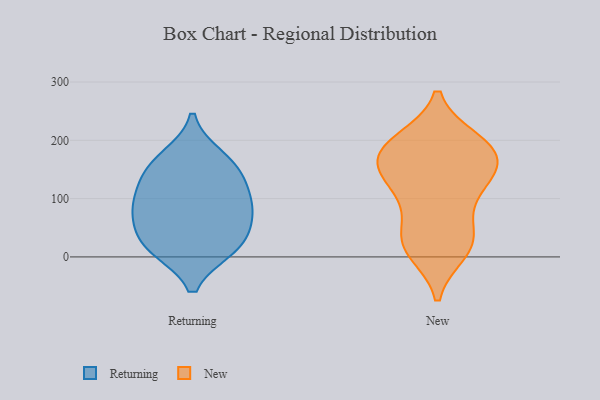
{"axis": {"x": "Revenue (USD Million)", "y": "Value"}, "legend": ["New", "Returning"], "data": [{"x": "", "y": 149, "type": "Returning"}, {"x": "", "y": 65, "type": "Returning"}, {"x": "", "y": 89, "type": "Returning"}, {"x": "", "y": 104, "type": "Returning"}, {"x": "", "y": 20, "type": "Returning"}, {"x": "", "y": 16, "type": "Returning"}, {"x": "", "y": 170, "type": "Returning"}, {"x": "", "y": 80, "type": "Returning"}, {"x": "", "y": 145, "type": "Returning"}, {"x": "", "y": 21, "type": "Returning"}, {"x": "", "y": 190, "type": "New"}, {"x": "", "y": 107, "type": "New"}, {"x": "", "y": 198, "type": "New"}, {"x": "", "y": 165, "type": "New"}, {"x": "", "y": 51, "type": "New"}, {"x": "", "y": 127, "type": "New"}, {"x": "", "y": 199, "type": "New"}, {"x": "", "y": 32, "type": "New"}, {"x": "", "y": 23, "type": "New"}, {"x": "", "y": 10, "type": "New"}, {"x": "", "y": 142, "type": "New"}, {"x": "", "y": 113, "type": "New"}, {"x": "", "y": 17, "type": "New"}, {"x": "", "y": 167, "type": "New"}, {"x": "", "y": 165, "type": "New"}, {"x": "", "y": 181, "type": "New"}]}